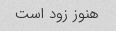
هنوز زود است